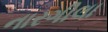
નારગીલા